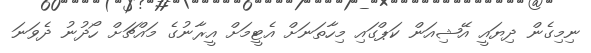
ނިމިގެން ދިޔައީ އޭޝިއަން ކަޕްގައި މިހާތަނަށް އެޓީމަށް އީރާނުގެ މައްޗަށް ހޯދުނު ދެވަނަ